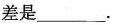
差是___。